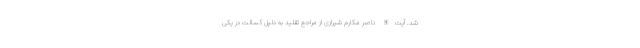
شد. آیت‌الله ناصر مکارم شیرازی از مراجع تقلید به دلیل کسالت در یکی